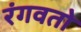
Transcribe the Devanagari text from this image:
रंगवतो